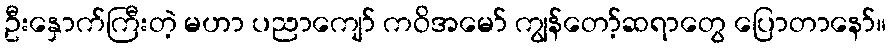
ဦးနှောက်ကြီးတဲ့ မဟာ ပညာကျော် ကဝိအမော် ကျွန်တော့်ဆရာတွေ ပြောတာနော်။